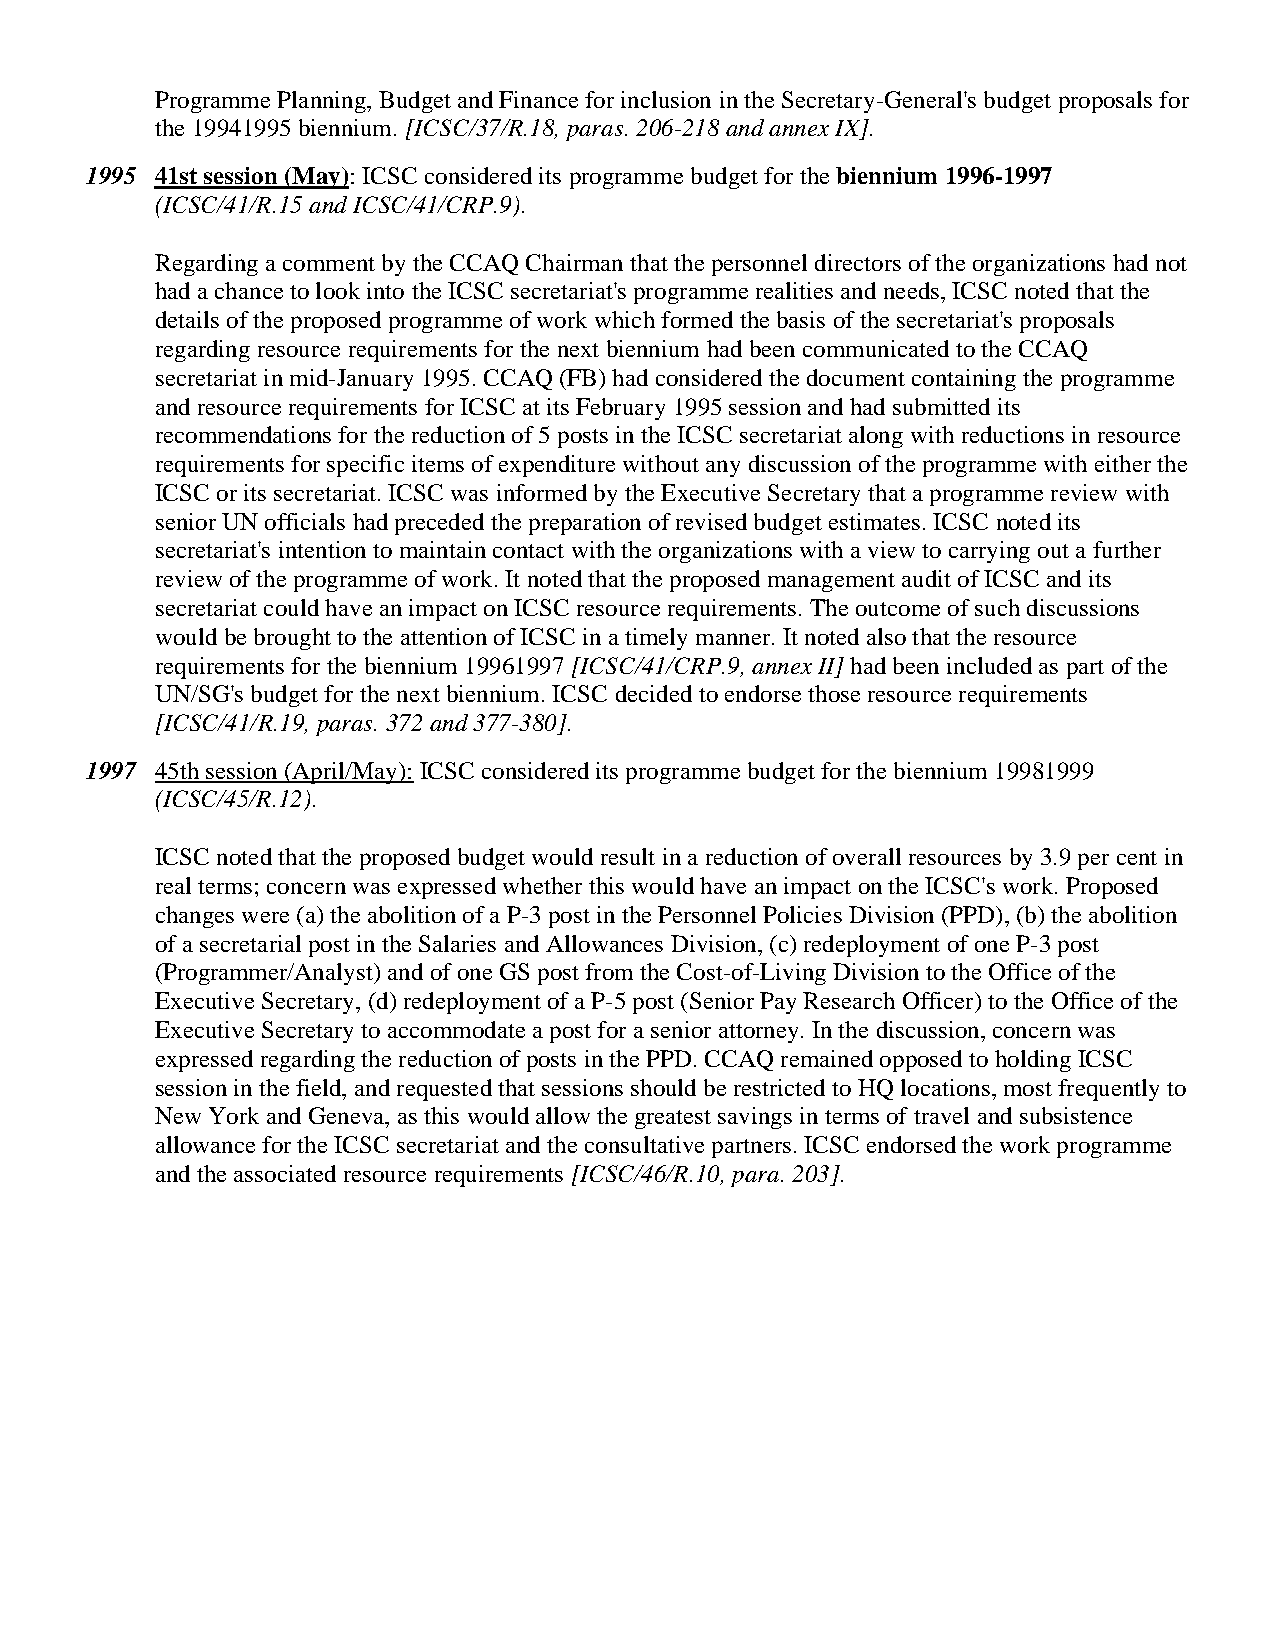
Programme Planning, Budget and Finance for inclusion in the Secretary-General's budget proposals for
 the 19941995 biennium. [ICSC/37/R.18, paras. 206-218 and annex IX].
 1995 41st session (May): ICSC considered its programme budget for the biennium 1996-1997
 (ICSC/41/R.15 and ICSC/41/CRP.9).
 Regarding a comment by the CCAQ Chairman that the personnel directors of the organizations had not
 had a chance to look into the ICSC secretariat's programme realities and needs, ICSC noted that the
 details of the proposed programme of work which formed the basis of the secretariat's proposals
 regarding resource requirements for the next biennium had been communicated to the CCAQ
 secretariat in mid-January 1995. CCAQ (FB) had considered the document containing the programme
 and resource requirements for ICSC at its February 1995 session and had submitted its
 recommendations for the reduction of 5 posts in the ICSC secretariat along with reductions in resource
 requirements for specific items of expenditure without any discussion of the programme with either the
 ICSC or its secretariat. ICSC was informed by the Executive Secretary that a programme review with
 senior UN officials had preceded the preparation of revised budget estimates. ICSC noted its
 secretariat's intention to maintain contact with the organizations with a view to carrying out a further
 review of the programme of work. It noted that the proposed management audit of ICSC and its
 secretariat could have an impact on ICSC resource requirements. The outcome of such discussions
 would be brought to the attention of ICSC in a timely manner. It noted also that the resource
 requirements for the biennium 19961997 [ICSC/41/CRP.9, annex II] had been included as part of the
 UN/SG's budget for the next biennium. ICSC decided to endorse those resource requirements
 [ICSC/41/R.19, paras. 372 and 377-380].
 1997 45th session (April/May): ICSC considered its programme budget for the biennium 19981999
 (ICSC/45/R.12).
 ICSC noted that the proposed budget would result in a reduction of overall resources by 3.9 per cent in
 real terms; concern was expressed whether this would have an impact on the ICSC's work. Proposed
 changes were (a) the abolition of a P-3 post in the Personnel Policies Division (PPD), (b) the abolition
 of a secretarial post in the Salaries and Allowances Division, (c) redeployment of one P-3 post
 (Programmer/Analyst) and of one GS post from the Cost-of-Living Division to the Office of the
 Executive Secretary, (d) redeployment of a P-5 post (Senior Pay Research Officer) to the Office of the
 Executive Secretary to accommodate a post for a senior attorney. In the discussion, concern was
 expressed regarding the reduction of posts in the PPD. CCAQ remained opposed to holding ICSC
 session in the field, and requested that sessions should be restricted to HQ locations, most frequently to
 New York and Geneva, as this would allow the greatest savings in terms of travel and subsistence
 allowance for the ICSC secretariat and the consultative partners. ICSC endorsed the work programme
 and the associated resource requirements [ICSC/46/R.10, para. 203].